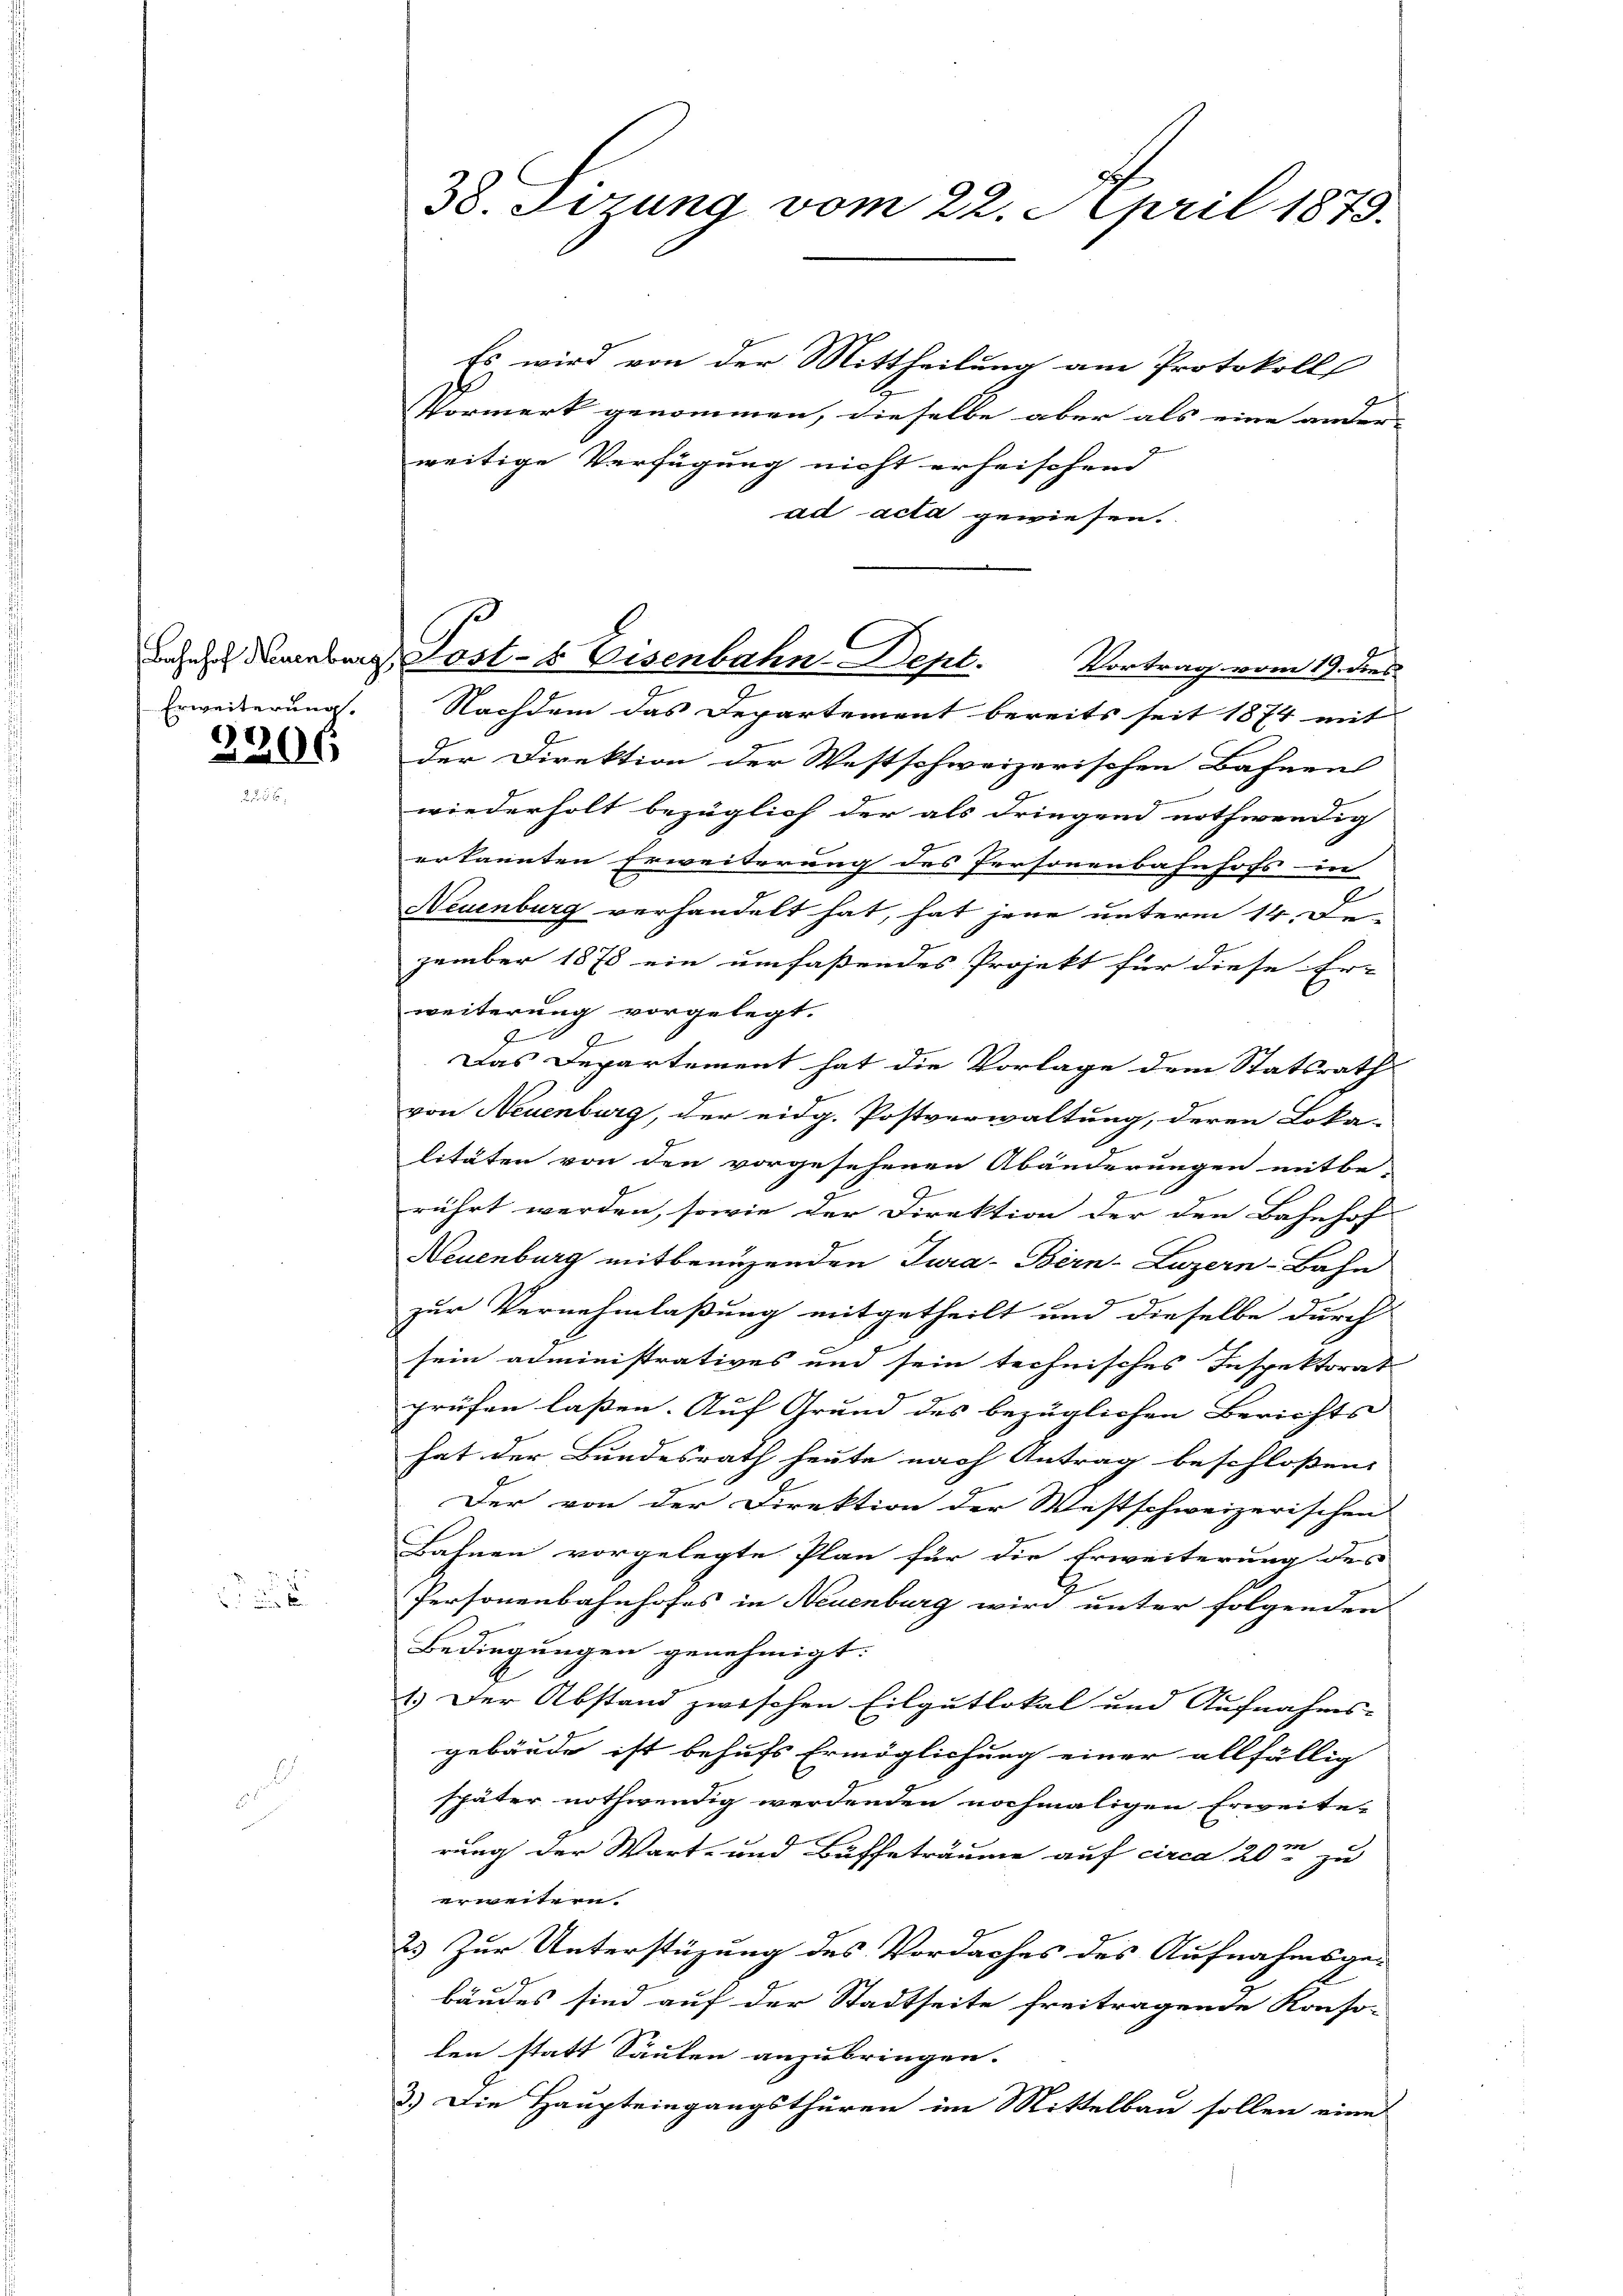
2206

Es wird von der Mittheilung am Protokoll
Vormerk genommen, dieselbe aber als eine ander- |
weitige Verfügung nicht erheischend |
ad acta gewiesen.
nsehe daneben Post- & Eisenbahn-Dept. Vortrag vom 19. dies
Erweiterung. Nachdem das Departement bereits seit 1874 mit
der Direktion der Westschweizerischen Bahnen
wiederholt bezüglich der als dringend nothwendig
erkannten Erweiterung des Personenbahnhofs in
Neuenburg verhandelt hat, hat jene unterm 14. De-
zember 1878 ein umfaßendes Projekt für diese Er-
weiterung vorgelegt.
f
Das Departement hat die Vorlage dem Statsrath
4
von Neuenburg, der eidg. Postverwaltung, deren Loka
litäten von den vorgesehenen Abänderungen mitbe-
rührt werden, sowie der Direktion der den Bahnhof
Neuenburg mitbenuzenden Tura- Bern-Luzern-Bahn
zur Vernehmlassung mitgetheilt und dieselbe durch
sein administratives und sein technisches Inspektorat
prüfen lassen. Auf Grund des bezüglichen Berichts
hat der Bundesrath heute nach Antrag beschloßen:
Der von der Direktion der Westschweizerischen
Bahnen vorgelegte Plan für die Erweiterung des
Personenbahnhofes in Neuenburg wird unter folgenden
Bedingungen genehmigt.
1.) Der Abstand zwischen Eilgutlokal und Aufnahms-
gebäude ist behufs Ermöglichung einer allfällig
später nothwendig werdenden nochmaligen Erweite-
rung der Wart- und Buffeträume auf circa 20te zu
erweitern.
2) Zur Unterstüzung des Vordaches des Aufnahmsgebäudes sind auf der Stadtseite freitragende Konso-
len statt Säulen anzubringen.
3.) Die Haupteingangsthüren im Mittelbau sollen eine

38. Sizung vom 22. April 1873.